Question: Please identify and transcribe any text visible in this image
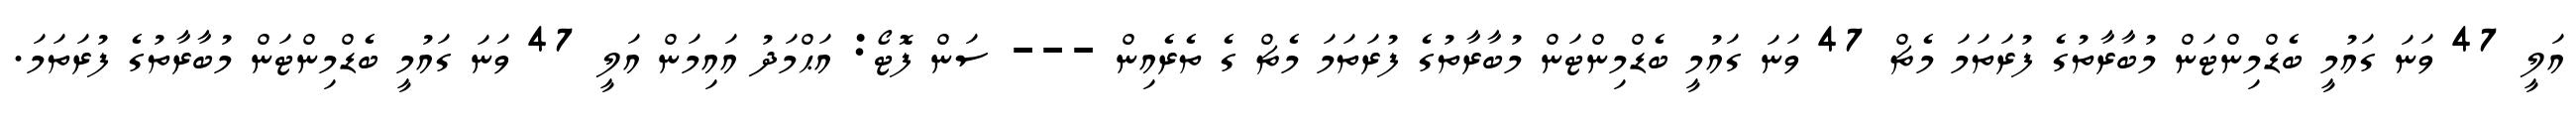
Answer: އަލީ 47 ވަނަ ގައުމީ ބެޑްމިންޓަން މުބާރާތުގެ ފުރަތަމަ މެޗް 47 ވަނަ ގައުމީ ބެޑްމިންޓަން މުބާރާތުގެ ފުރަތަމަ މެޗް ގެ ތެރެއިން --- ސަން ފޮޓޯ: އަޙްމަދު އައިމަން އަލީ 47 ވަނަ ގައުމީ ބެޑްމިންޓަން މުބާރާތުގެ ފުރަތަމަ.